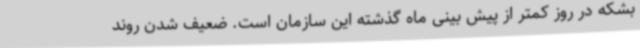
بشکه در روز کمتر از پیش بینی ماه گذشته این سازمان است. ضعیف شدن روند